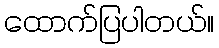
ထောက်ပြပါတယ်။